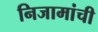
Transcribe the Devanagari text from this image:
निजामांची